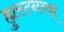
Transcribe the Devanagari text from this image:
ह्युस्टनच्या